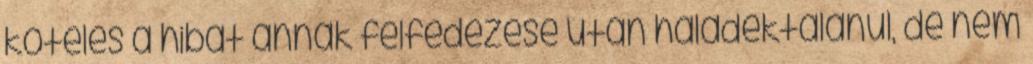
köteles a hibát annak felfedezése után haladéktalanul, de nem